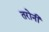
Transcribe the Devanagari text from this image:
तरोनी